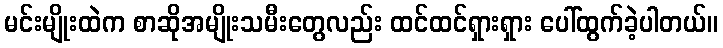
မင်းမျိုးထဲက စာဆိုအမျိုးသမီးတွေလည်း ထင်ထင်ရှားရှား ပေါ်ထွက်ခဲ့ပါတယ်။